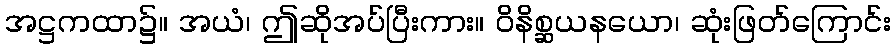
အဋ္ဌကထာ၌။ အယံ၊ ဤဆိုအပ်ပြီးကား။ ဝိနိစ္ဆယနယော၊ ဆုံးဖြတ်ကြောင်း